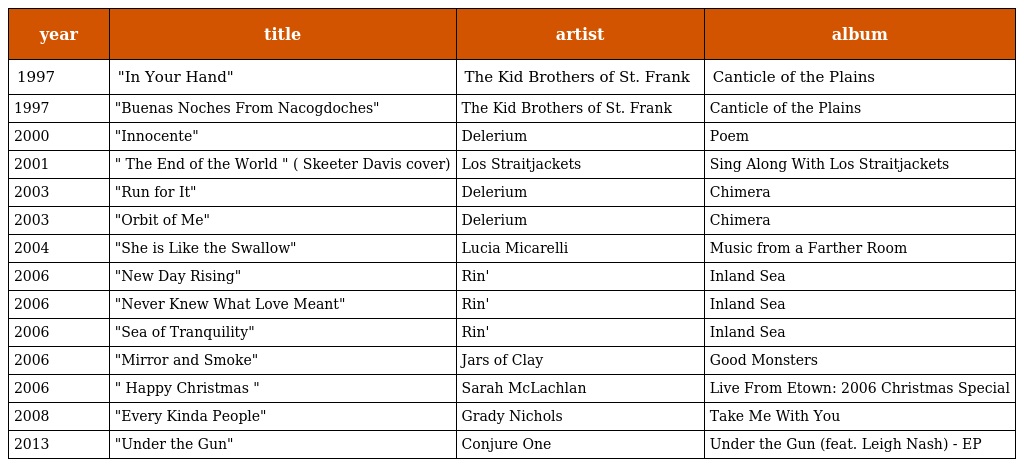
| year | title | artist | album |
 | --- | --- | --- | --- |
 | 1997 | "In Your Hand" | The Kid Brothers of St. Frank | Canticle of the Plains |
 | 1997 | "Buenas Noches From Nacogdoches" | The Kid Brothers of St. Frank | Canticle of the Plains |
 | 2000 | "Innocente" | Delerium | Poem |
 | 2001 | " The End of the World " ( Skeeter Davis cover) | Los Straitjackets | Sing Along With Los Straitjackets |
 | 2003 | "Run for It" | Delerium | Chimera |
 | 2003 | "Orbit of Me" | Delerium | Chimera |
 | 2004 | "She is Like the Swallow" | Lucia Micarelli | Music from a Farther Room |
 | 2006 | "New Day Rising" | Rin' | Inland Sea |
 | 2006 | "Never Knew What Love Meant" | Rin' | Inland Sea |
 | 2006 | "Sea of Tranquility" | Rin' | Inland Sea |
 | 2006 | "Mirror and Smoke" | Jars of Clay | Good Monsters |
 | 2006 | " Happy Christmas " | Sarah McLachlan | Live From Etown: 2006 Christmas Special |
 | 2008 | "Every Kinda People" | Grady Nichols | Take Me With You |
 | 2013 | "Under the Gun" | Conjure One | Under the Gun (feat. Leigh Nash) - EP |